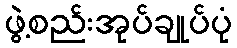
ဖွဲ့စည်းအုပ်ချုပ်ပုံ